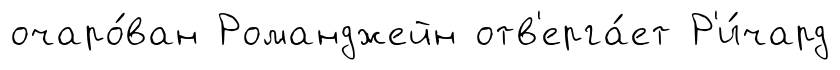
очаро́ван Романджейн отв'ерга́ет Р'и́чард